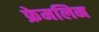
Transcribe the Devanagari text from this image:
फ्रेमलिन